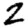
Digit: 2